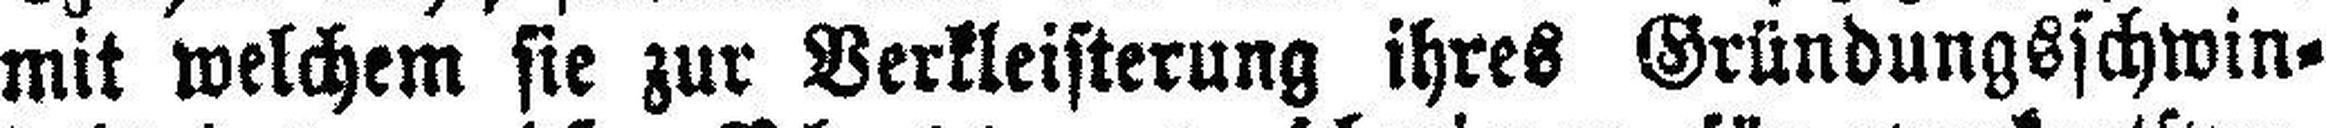
mit welchem sie zur Verkleisterung ihres Gründungsschwin¬